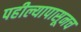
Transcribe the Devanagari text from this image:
पहील्यापासूनच